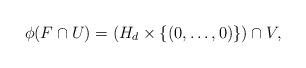
LaTeX: \begin{align*}\phi(F \cap U) = (H_d \times \{(0,\dots,0)\}) \cap V,\end{align*}